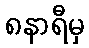
၈နာရီမှ